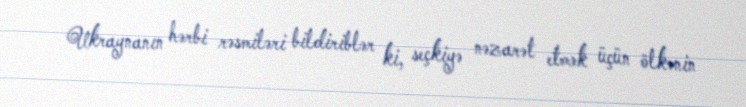
Ukraynanın hərbi rəsmiləri bildiriblər ki, seçkiyə nəzarət etmək üçün ölkənin